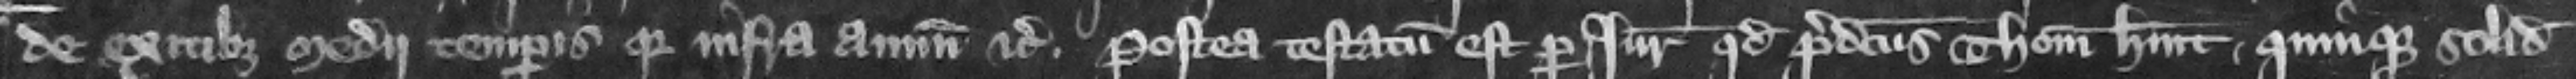
de exitibus medii temporis quia infra annum etc. Postea testatum est per iuratores quod predicts Thomas habit quinque solidatas